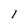
Character: 1